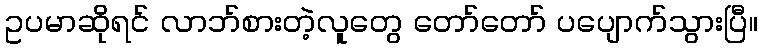
ဥပမာဆိုရင် လာဘ်စားတဲ့လူတွေ တော်တော် ပပျောက်သွားပြီ။